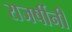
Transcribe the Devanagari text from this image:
राजर्षीनी